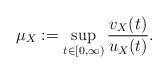
LaTeX: \begin{align*} \mu_X := \sup_{t\in [0,\infty)} \frac{v_X(t)}{u_X(t)}.\end{align*}